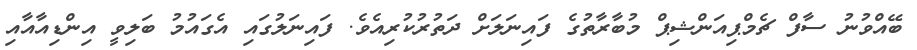
ބޭއްވުނު ސާފް ޗެމްޕިއަންޝިޕް މުބާރާތުގެ ފައިނަލަށް ދަތުރުކުރިއެވެ. ފައިނަލުގައި އެގައުމު ބަލިވީ އިންޑިއާއާއި